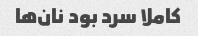
کاملا سرد بود نان‌ها